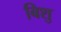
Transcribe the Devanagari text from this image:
बिशु